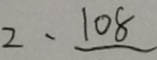
2 、 1 0 8